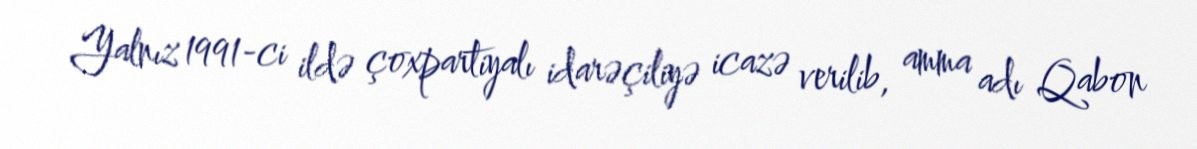
Yalnız 1991-ci ildə çoxpartiyalı idarəçiliyə icazə verilib, amma adı Qabon